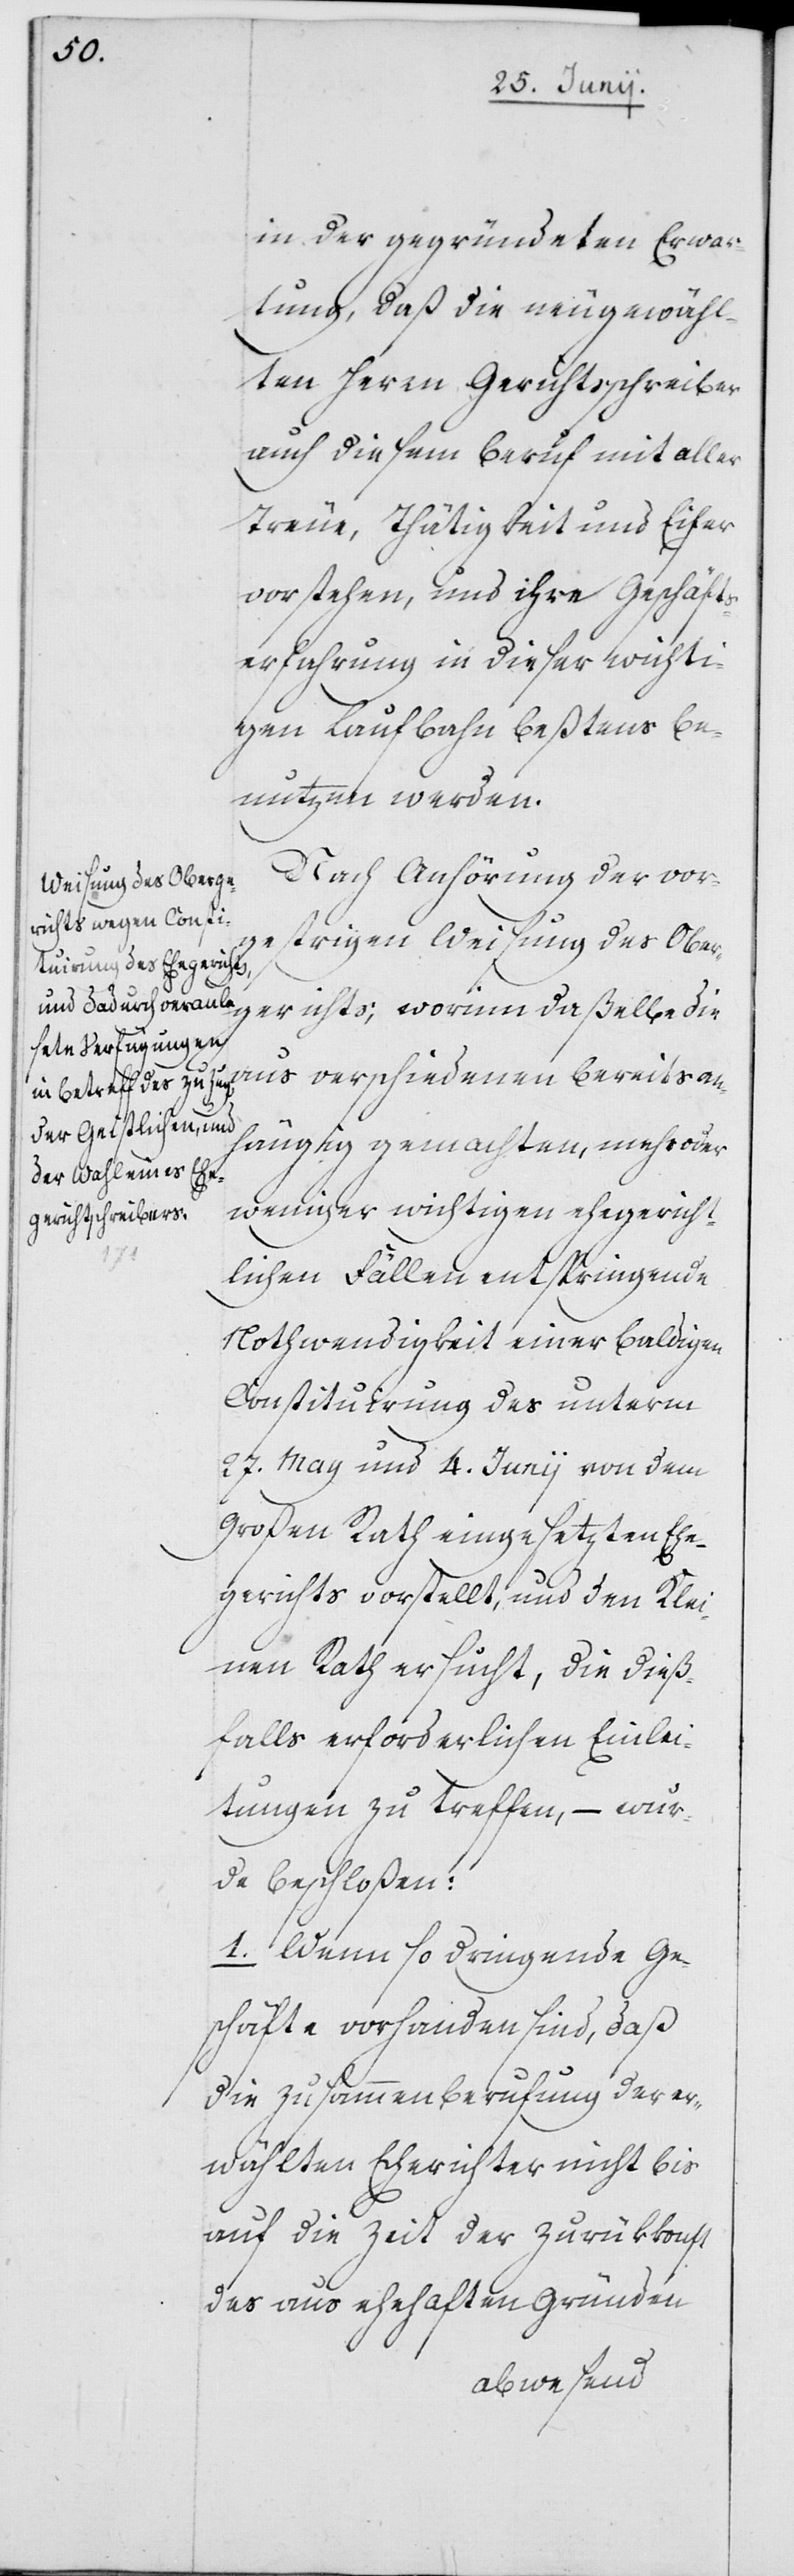
In der gegründeten Erwar¬
tung, daß die neugewähl¬
ten Herrn Gerichtsschreiber
auch diesem Beruf mit aller
Treue, Thätigkeit und Eifer
vorstehen, und ihre Geschäfts¬
erfahrung in dieser wichti¬
gen Laufbahn beßtens be¬
nutzen werden.
Nach Anhörung der vor¬
gestrigen Weisung des Ober¬
gerichts, worinn daßelbe die
aus verschiedenen bereits anh¬
ängig gemachten, mehr oder
weniger wichtigen ehegericht¬
lichen Fällen entspringende
Nothwendigkeit einer baldigen
Constituirung des unterm
27. May und 4. Junii von dem
Großen Rath eingesetzten Ehe¬
gerichts vorstellt, und den Klei¬
nen Rath ersucht, die dieß¬
falls erforderlichen Einlei¬
tungen zu treffen, – wur¬
de beschloßen:
1. Wenn so dringende Ge¬
schäfte vorhanden sind, daß
die Zusammenberufung der er¬
wählten Eherichter nicht bis
auf die Zeit der Zurükkonft
des aus ehehaften Gründen